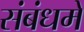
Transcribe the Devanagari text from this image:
संबंधमे